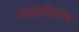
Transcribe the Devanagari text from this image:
अक्षरविशेष